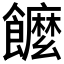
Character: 𩟠